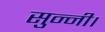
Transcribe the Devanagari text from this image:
सुन्नी।